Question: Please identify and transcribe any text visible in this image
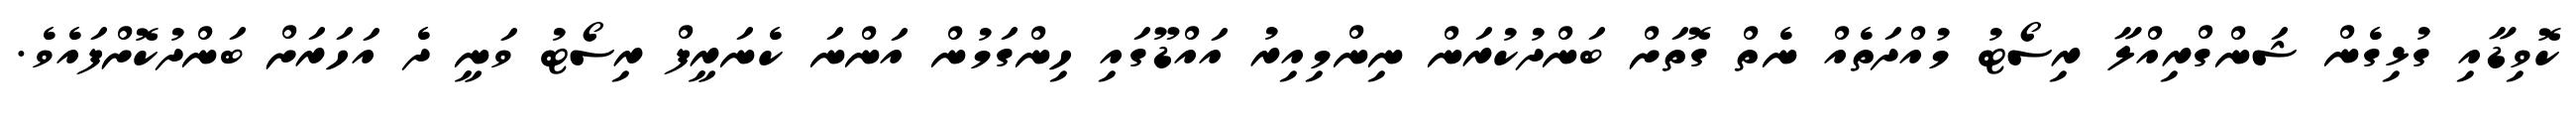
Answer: ކޮވިޑާއި ގުޅިގެން ޝަންގްރިއްލާ ރިސޯޓު މުއްދަތެއް ނެތް ގޮތަށް ބަންދުކުރަން ނިންމިއިރު އައްޑޫގައި ހިންގަމުން އަންނަ ކެނަރީފް ރިސޯޓު ވަނީ ދެ އަހަރަށް ބަންދުކޮށްފައެވެ.